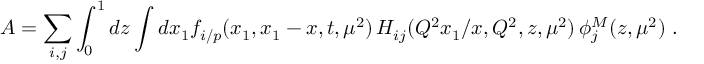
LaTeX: A = \sum _ { i , j } \int _ { 0 } ^ { 1 } d z \int d x _ { 1 } f _ { i / p } ( x _ { 1 } , x _ { 1 } - x , t , \mu ^ { 2 } ) \, H _ { i j } ( Q ^ { 2 } x _ { 1 } / x , Q ^ { 2 } , z , \mu ^ { 2 } ) \, \phi _ { j } ^ { M } ( z , \mu ^ { 2 } ) \ .